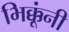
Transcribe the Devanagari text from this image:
भिक्कूंनी